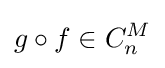
g\circ f\in C_{n}^{M}